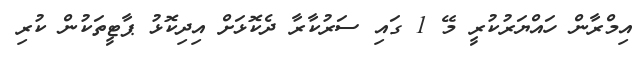
އިމްރާން ހައްޔަރުކުރީ މޭ 1 ގައި ސަރުކާރާ ދެކޮޅަށް އިދިކޮޅު ޕާޓީތަކުން ކުރި